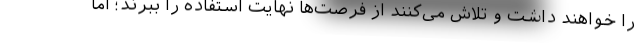
را خواهند داشت و تلاش می‌کنند از فرصت‌ها نهایت استفاده را ببرند؛ اما